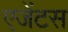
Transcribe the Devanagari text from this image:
एजेंटस